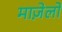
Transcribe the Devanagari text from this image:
माज़ेलो